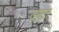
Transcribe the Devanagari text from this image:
दबत